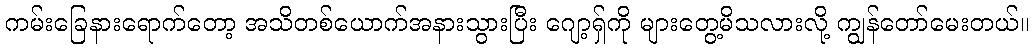
ကမ်းခြေနားရောက်တော့ အသိတစ်ယောက်အနားသွားပြီး ဂျော့ရှ်ကို များတွေ့မိသလားလို့ ကျွန်တော်မေးတယ်။